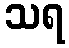
သရ